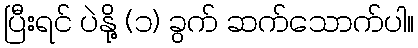
ပြီးရင် ပဲနို့ (၁) ခွက် ဆက်သောက်ပါ။